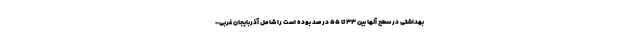
بهداشتی در سطح آنها بین ۳۳ تا ۵۵ درصد بوده است را شامل آذربایجان غربی-